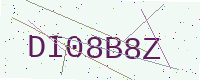
Text: DI08B8Z